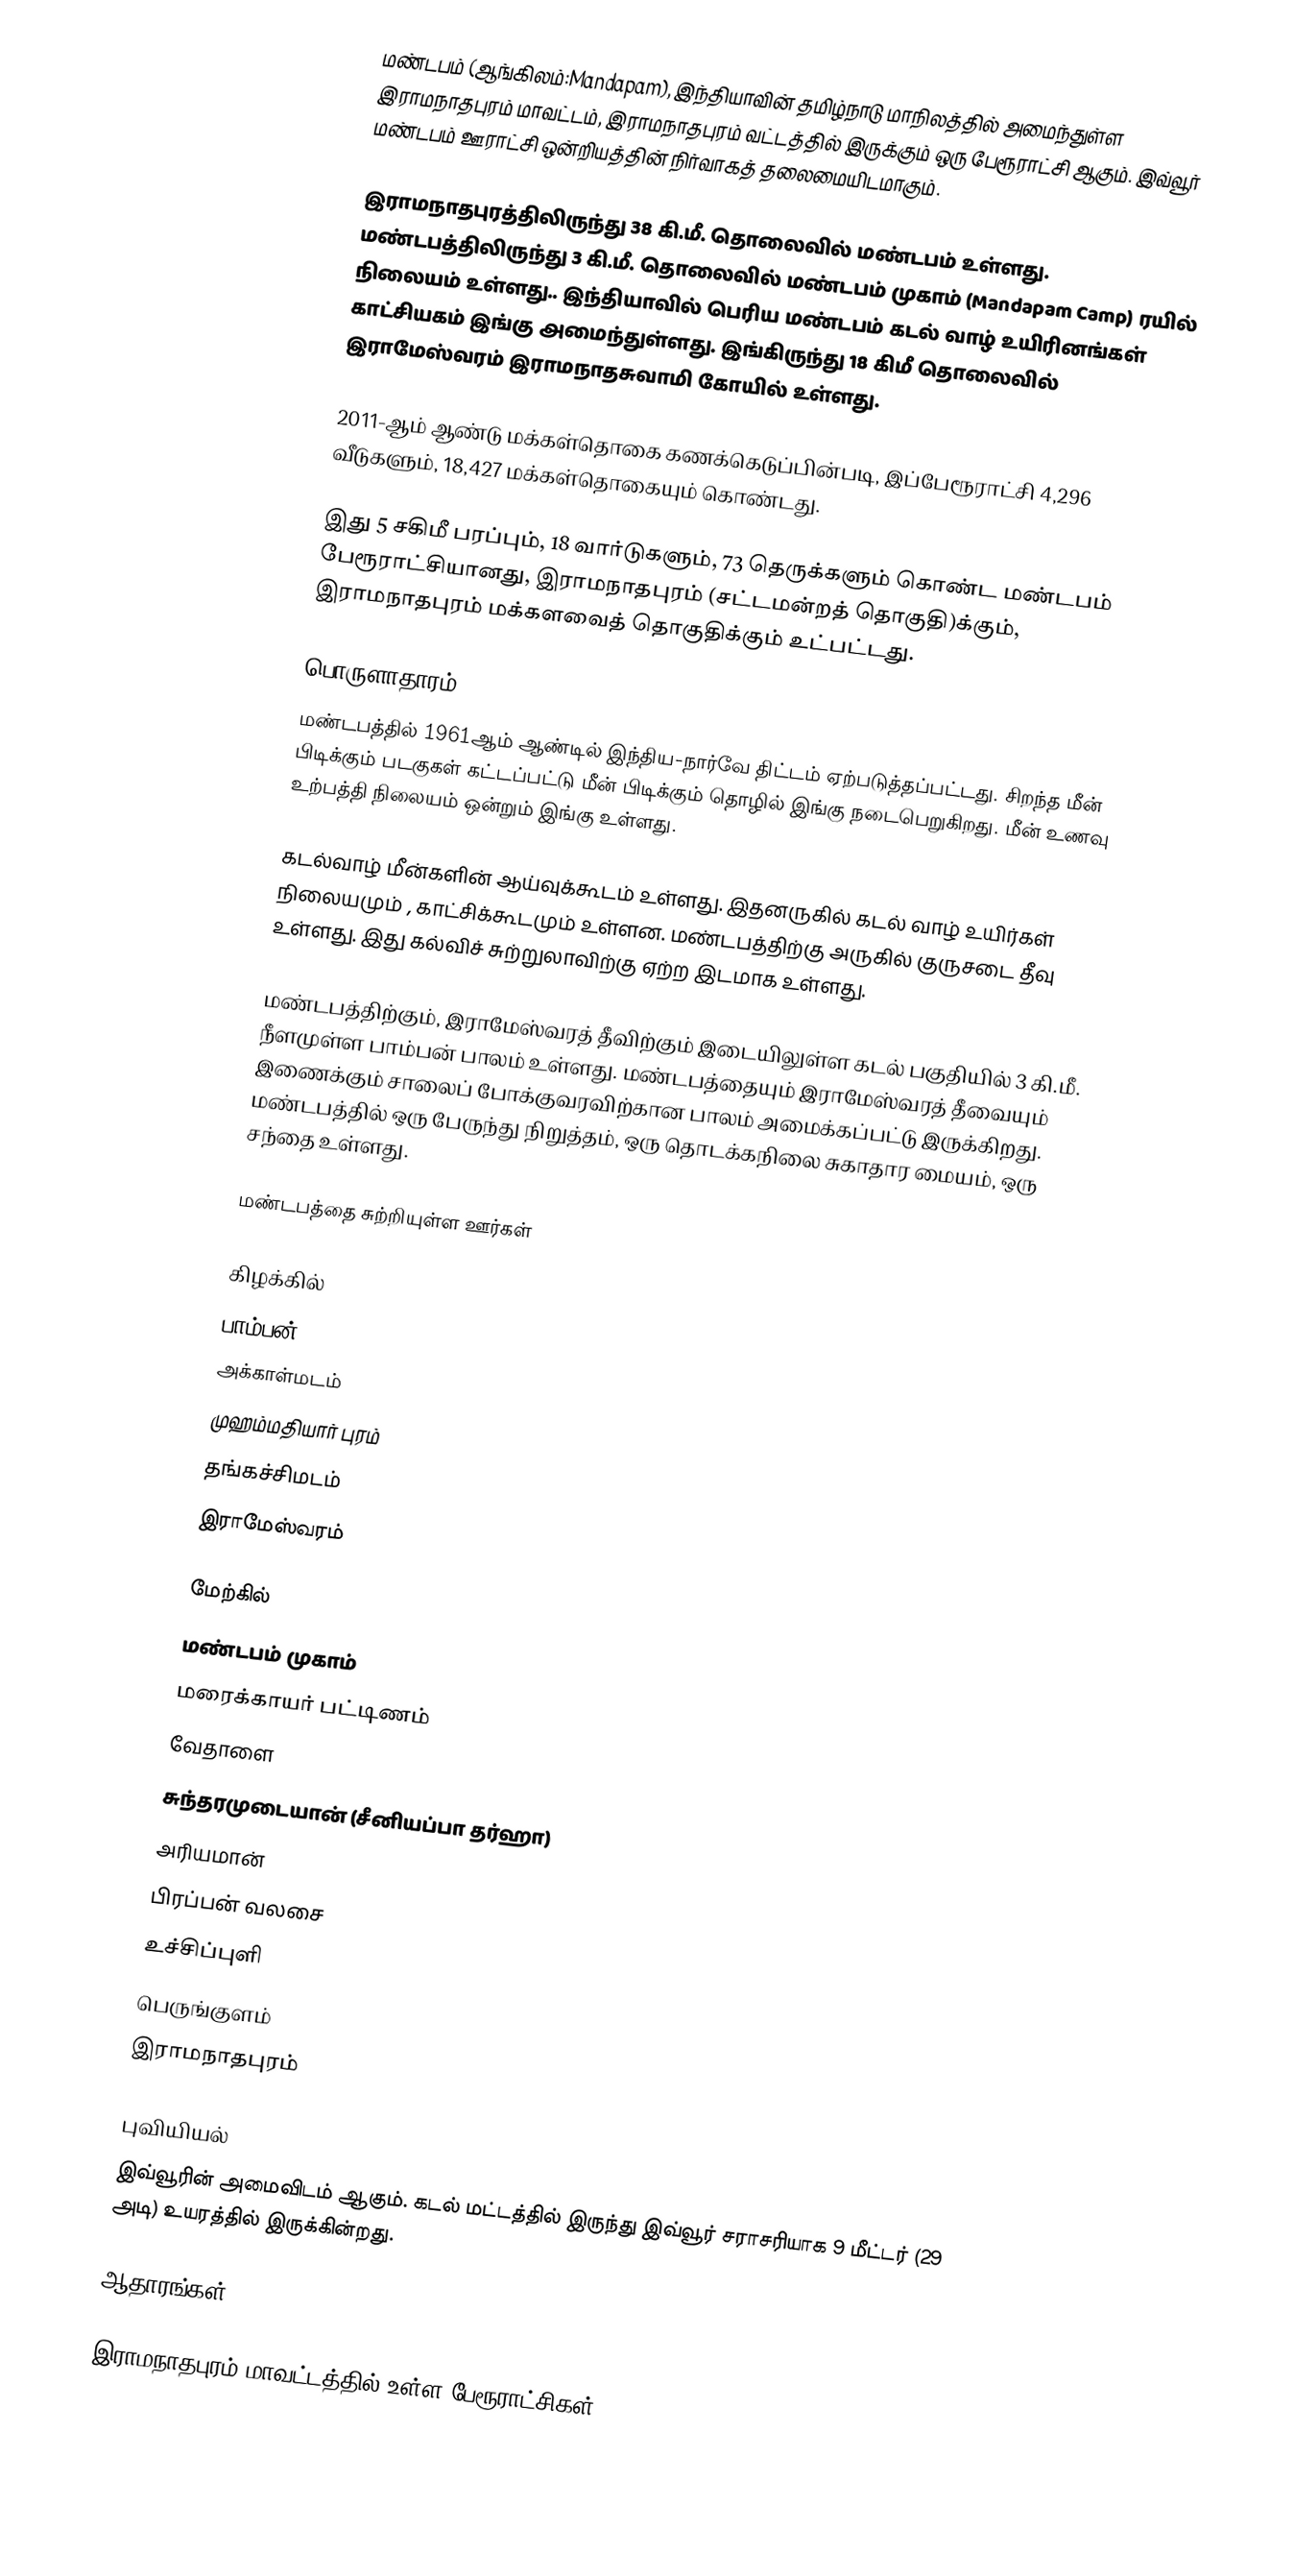
மண்டபம் (ஆங்கிலம்:Mandapam), இந்தியாவின் தமிழ்நாடு மாநிலத்தில் அமைந்துள்ள இராமநாதபுரம் மாவட்டம், இராமநாதபுரம் வட்டத்தில் இருக்கும் ஒரு பேரூராட்சி ஆகும். இவ்வூர் மண்டபம் ஊராட்சி ஒன்றியத்தின் நிர்வாகத் தலைமையிடமாகும்.

இராமநாதபுரத்திலிருந்து 38 கி.மீ. தொலைவில் மண்டபம் உள்ளது. மண்டபத்திலிருந்து 3 கி.மீ. தொலைவில் மண்டபம் முகாம் (Mandapam Camp) ரயில் நிலையம் உள்ளது.. இந்தியாவில் பெரிய மண்டபம் கடல் வாழ் உயிரினங்கள் காட்சியகம் இங்கு அமைந்துள்ளது. இங்கிருந்து 18 கிமீ தொலைவில் இராமேஸ்வரம் இராமநாதசுவாமி கோயில் உள்ளது.

2011-ஆம் ஆண்டு மக்கள்தொகை கணக்கெடுப்பின்படி, இப்பேரூராட்சி 4,296    வீடுகளும், 18,427 மக்கள்தொகையும் கொண்டது.

இது 5 சகிமீ பரப்பும், 18 வார்டுகளும், 73 தெருக்களும் கொண்ட  மண்டபம் பேரூராட்சியானது,  இராமநாதபுரம் (சட்டமன்றத் தொகுதி)க்கும், இராமநாதபுரம் மக்களவைத் தொகுதிக்கும் உட்பட்டது.

பொருளாதாரம்
மண்டபத்தில் 1961ஆம் ஆண்டில் இந்திய-நார்வே திட்டம் ஏற்படுத்தப்பட்டது. சிறந்த மீன் பிடிக்கும் படகுகள் கட்டப்பட்டு மீன் பிடிக்கும் தொழில் இங்கு நடைபெறுகிறது. மீன் உணவு உற்பத்தி நிலையம் ஒன்றும் இங்கு உள்ளது.

கடல்வாழ் மீன்களின் ஆய்வுக்கூடம் உள்ளது. இதனருகில் கடல் வாழ் உயிர்கள் நிலையமும் , காட்சிக்கூடமும் உள்ளன. மண்டபத்திற்கு அருகில் குருசடை தீவு உள்ளது. இது கல்விச் சுற்றுலாவிற்கு ஏற்ற இடமாக உள்ளது.

மண்டபத்திற்கும், இராமேஸ்வரத் தீவிற்கும் இடையிலுள்ள கடல் பகுதியில் 3 கி.மீ. நீளமுள்ள பாம்பன் பாலம் உள்ளது. மண்டபத்தையும் இராமேஸ்வரத் தீவையும் இணைக்கும் சாலைப் போக்குவரவிற்கான பாலம் அமைக்கப்பட்டு இருக்கிறது. மண்டபத்தில் ஒரு பேருந்து நிறுத்தம், ஒரு தொடக்கநிலை சுகாதார மையம், ஒரு சந்தை  உள்ளது.

மண்டபத்தை சுற்றியுள்ள ஊர்கள்

கிழக்கில்
 பாம்பன்
 அக்காள்மடம்
 முஹம்மதியார் புரம்
 தங்கச்சிமடம்
 இராமேஸ்வரம்

மேற்கில்
மண்டபம் முகாம்
மரைக்காயர் பட்டிணம்
வேதாளை
சுந்தரமுடையான் (சீனியப்பா தர்ஹா)
அரியமான்
பிரப்பன் வலசை
உச்சிப்புளி
பெருங்குளம்
இராமநாதபுரம்

புவியியல்
இவ்வூரின் அமைவிடம்  ஆகும். கடல் மட்டத்தில் இருந்து இவ்வூர் சராசரியாக 9 மீட்டர் (29 அடி) உயரத்தில் இருக்கின்றது.

ஆதாரங்கள்

இராமநாதபுரம் மாவட்டத்தில் உள்ள பேரூராட்சிகள்